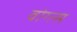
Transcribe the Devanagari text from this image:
वोग्त्स